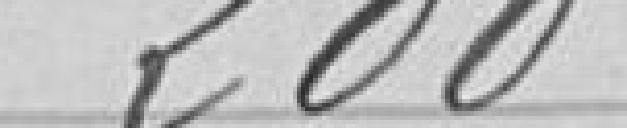
200